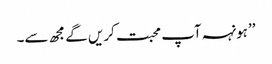
’’ہونہہ آپ محبت کریں گے مجھ سے۔